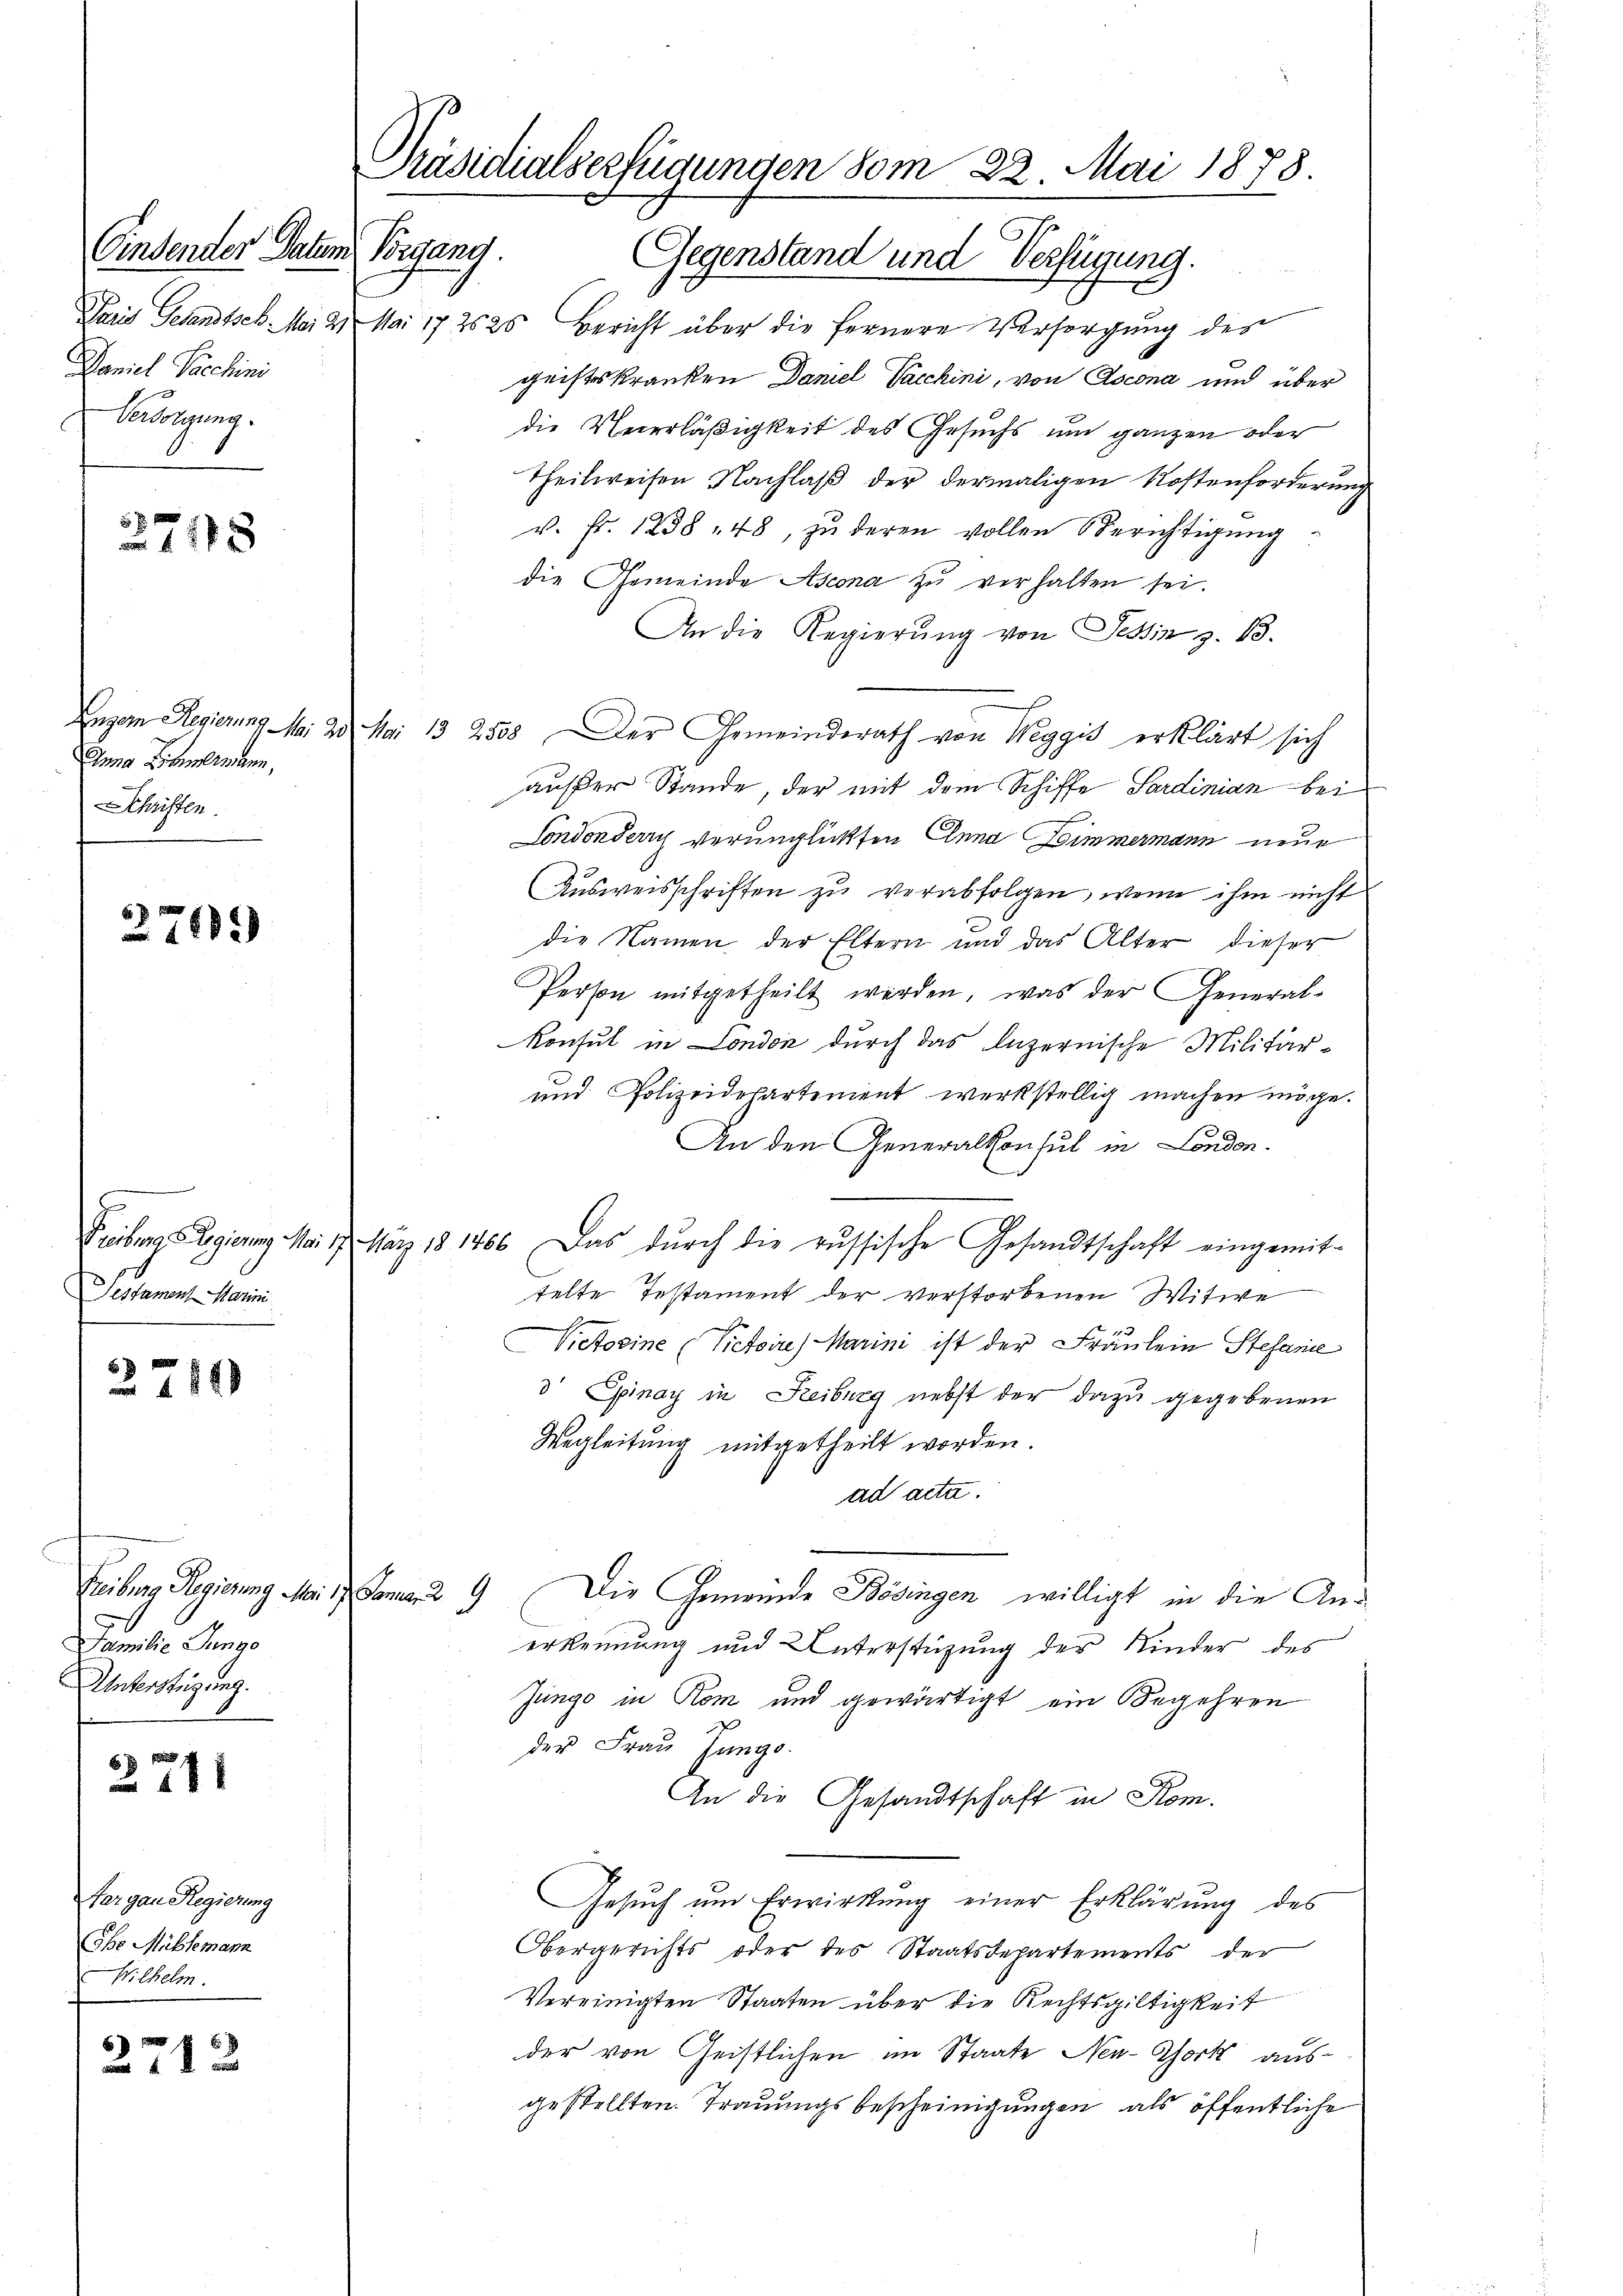
Einsender Datum
Daniel Sacchini
Versorgung.

12 x

Anna Kalemann,
Schriften.

276)

Freiben Regierung Mai 17. März 181466
Sestament Marin

2749

Freiburg Regierung Mari
Familie Junge
Unterstüzung.

221

Aargau Regierung
Ihe Mühlemann
Wilhelm.

2712

Präsidialserfügungen vom 22. Mai 1878.
Vorgang. Gegenstand und Verfügung.

Paris Gesandtsch. Mai 21 Mai 172525 Bericht über die fernere Versorgung des
geisteskranken Daniel Vacchini, von Ascona und über
die Vererläßigkeit des Gesuchs um ganzen oder
Theilweisen Nachlaß der dermaligen Kostenforderung
v. Fr. 1238 " 48, zu deren vollen Berichtigung
die Gemeinde Ascona zŭ verhalten sei.
An die Regierung von Tessin z. B.
Engern Regierung . 20. Mai 13 2558. Der Gemeinderath von Weggis erklärt sich
außer Stande, der mit dem Schiffe Sardinian bei
Londondern verunglickten Anna Zimmermann neue
Ausweisschriften zu verabfolgen, wenn ihm nicht
die Namen der Eltern und das Alter dieser
Person mitgetheilt werden, was der General-
Konsul in London durch das luzernische Militär¬
und Polizeidepartement werkstellig machen möge.
An den Generalkonsul in London.
Das durch die russische Gesandtschaft eingemit-
telte Testament der verstorbenen Witwe
Victosine Victoire) Marini ist der Fräulein Stefanie
d Einay in Reiburg nebst der dazu gegebenen
Wegleitung mitgetheilt worden.
ad acta.
 am 29.
Die Gemeinde Bösingen willigt in die Anerkennung und Unterstützung der Kinder des
Jünge in Rom und gewärtigt ein Begehren
der Frau Jango
An die Gesandtschaft in Rom.
Gesuch um Erwirkung einer Erklärung des
Obergerichts oder des Staatsdepartements der
Vereinigten Staaten über die Rechtsgültigkeit
der von Geistlichen im Staate Neu-Chork ausgestellten. Trauungsbescheinigungen, als öffentliche